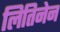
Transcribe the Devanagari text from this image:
लितिनेन